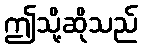
ဤသို့ဆိုသည်